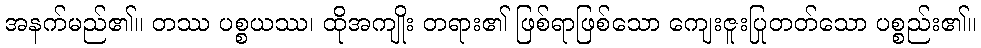
အနက်မည်၏။ တဿ ပစ္စယဿ၊ ထိုအကျိုး တရား၏ ဖြစ်ရာဖြစ်သော ကျေးဇူးပြုတတ်သော ပစ္စည်း၏။